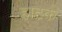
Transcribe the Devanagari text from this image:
हाटकं